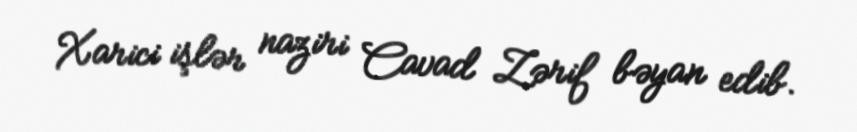
Xarici işlər naziri Cavad Zərif bəyan edib.